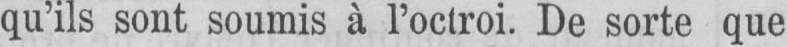
qu’ils sont soumis à l’octroi. De sorte que